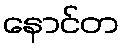
နောင်တ